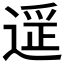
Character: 𬨶